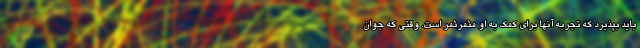
باید بپذیرد که تجربه آنها برای کمک به او مثمرثمر است. وقتی که جوان